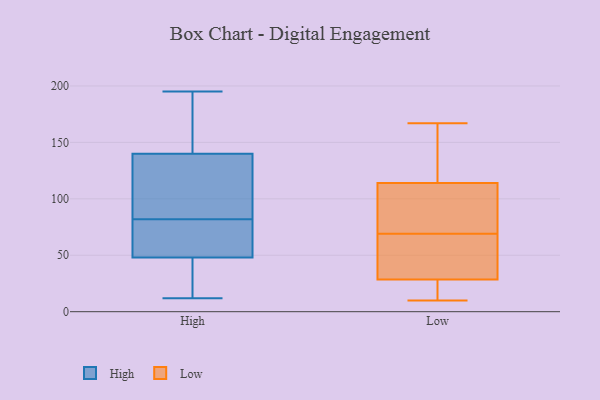
{"axis": {"x": "Gross Profit (USD K)", "y": "Value"}, "legend": ["High", "Low"], "data": [{"x": "", "y": 48, "type": "High"}, {"x": "", "y": 195, "type": "High"}, {"x": "", "y": 86, "type": "High"}, {"x": "", "y": 40, "type": "High"}, {"x": "", "y": 90, "type": "High"}, {"x": "", "y": 62, "type": "High"}, {"x": "", "y": 12, "type": "High"}, {"x": "", "y": 23, "type": "High"}, {"x": "", "y": 65, "type": "High"}, {"x": "", "y": 185, "type": "High"}, {"x": "", "y": 179, "type": "High"}, {"x": "", "y": 78, "type": "High"}, {"x": "", "y": 140, "type": "High"}, {"x": "", "y": 134, "type": "High"}, {"x": "", "y": 10, "type": "Low"}, {"x": "", "y": 151, "type": "Low"}, {"x": "", "y": 29, "type": "Low"}, {"x": "", "y": 28, "type": "Low"}, {"x": "", "y": 126, "type": "Low"}, {"x": "", "y": 102, "type": "Low"}, {"x": "", "y": 167, "type": "Low"}, {"x": "", "y": 74, "type": "Low"}, {"x": "", "y": 51, "type": "Low"}, {"x": "", "y": 28, "type": "Low"}, {"x": "", "y": 64, "type": "Low"}, {"x": "", "y": 98, "type": "Low"}]}